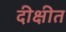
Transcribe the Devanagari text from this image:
दीक्षीत